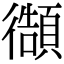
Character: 𭜊